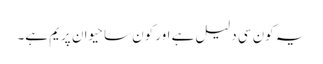
یہ کون سی دلیل ہے اور کون سا حیوان پریم ہے۔